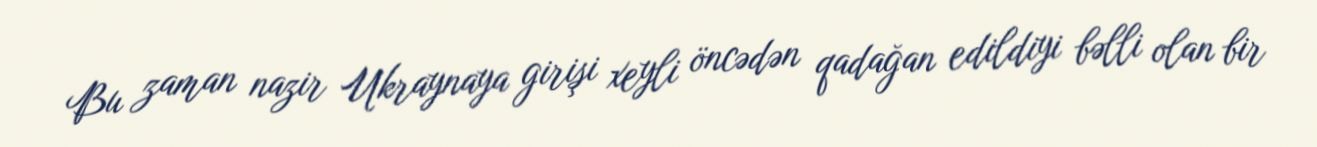
Bu zaman nazir Ukraynaya girişi xeyli öncədən qadağan edildiyi bəlli olan bir